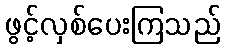
ဖွင့်လှစ်ပေးကြသည်